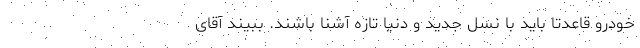
خودرو قاعدتا باید با نسل جدید و دنیا تازه آشنا باشند. ببیند آقای